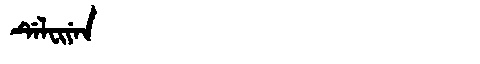
Manchu: ᡩᡝᠯᠸᡳᠶᡝᠨ
Romanization: DELFIYEN